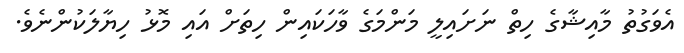
އެވަގުތު މާއިޝާގެ ހިތް ނަށައިލީ މަންމަގެ ވާހަކައިން ހިތަށް އައި މޮޅު ހިޔާލަކުންނެވެ.